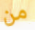
من